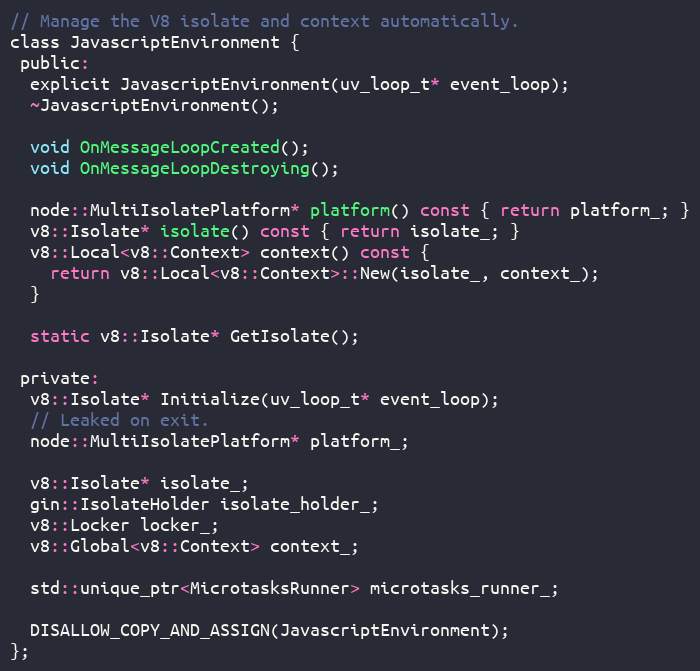
Language: C
// Manage the V8 isolate and context automatically.
class JavascriptEnvironment {
 public:
  explicit JavascriptEnvironment(uv_loop_t* event_loop);
  ~JavascriptEnvironment();

  void OnMessageLoopCreated();
  void OnMessageLoopDestroying();

  node::MultiIsolatePlatform* platform() const { return platform_; }
  v8::Isolate* isolate() const { return isolate_; }
  v8::Local<v8::Context> context() const {
    return v8::Local<v8::Context>::New(isolate_, context_);
  }

  static v8::Isolate* GetIsolate();

 private:
  v8::Isolate* Initialize(uv_loop_t* event_loop);
  // Leaked on exit.
  node::MultiIsolatePlatform* platform_;

  v8::Isolate* isolate_;
  gin::IsolateHolder isolate_holder_;
  v8::Locker locker_;
  v8::Global<v8::Context> context_;

  std::unique_ptr<MicrotasksRunner> microtasks_runner_;

  DISALLOW_COPY_AND_ASSIGN(JavascriptEnvironment);
};